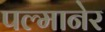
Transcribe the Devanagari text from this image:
पल्मानेर